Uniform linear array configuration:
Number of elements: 12
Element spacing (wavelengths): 0.75
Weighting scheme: kaiser
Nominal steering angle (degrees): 15
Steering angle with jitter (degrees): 16.582
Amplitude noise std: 0.05
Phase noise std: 0.05

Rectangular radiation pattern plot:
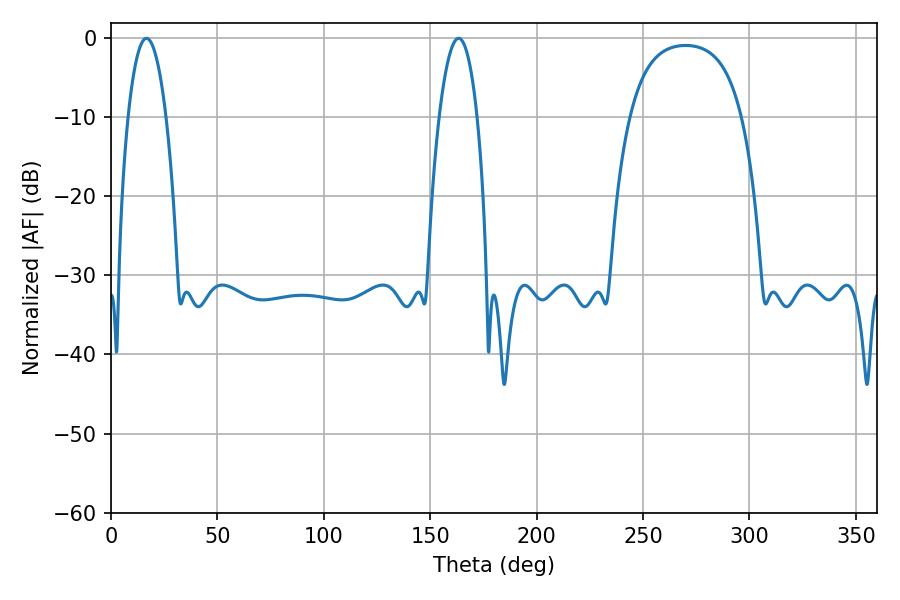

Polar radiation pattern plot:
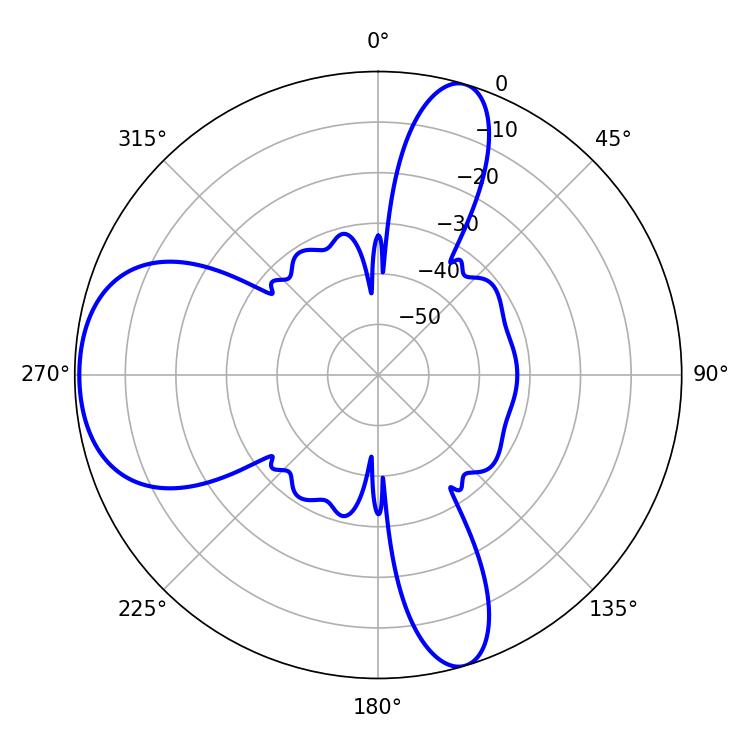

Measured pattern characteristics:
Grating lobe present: TRUE
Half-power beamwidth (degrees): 10.08
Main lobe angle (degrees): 16.74